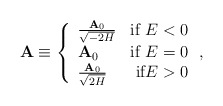
\begin{align*}{\bf A} \equiv \left\{ \begin{array}{lr}\frac{{\bf A}_{0}}{\sqrt{-2H}} & \mbox{if $E<0$} \\ {\bf A}_{0}& \mbox{if $E=0$} \\ \frac{{\bf A}_{0}}{\sqrt{2H}} & \mbox{if$E>0$} \end{array} \right. ,\end{align*}